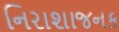
નિરાશાજનક